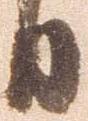
日